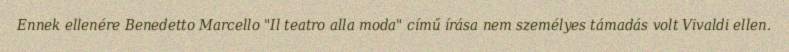
Ennek ellenére Benedetto Marcello "Il teatro alla moda" című írása nem személyes támadás volt Vivaldi ellen.